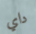
داي